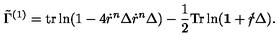
\tilde { \Gamma } ^ { ( 1 ) } = \mathrm { t r } \ln ( 1 - 4 \dot { r } ^ { n } \Delta \dot { r } ^ { n } \Delta ) - \frac { 1 } { 2 } \mathrm { T r } \ln ( { \bf 1 } + \dot { r } \! \! \! / \Delta ) .